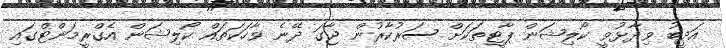
އަދީބު ވިދާޅުވީ ކޯލިޝަން ޕާޓީތަކަށް ސަރުކާރުން ޖާގަ ދޭނެ ވާހަކަތައް ކޯލިޝަން އެގްރީމަންޓްގައި